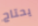
يحتاج